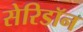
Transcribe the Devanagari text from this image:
सेरिडॉन